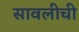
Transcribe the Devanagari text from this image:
सावलीची